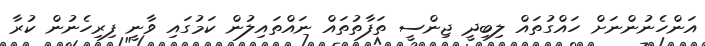
އަންހެނުންނަށް ހައްގުތައް ލިބިދީ ޖިންސީ ތަފާތުތައް ނައްތައިލުން ކަމުގައި ވާނީ ފިރިހެނުން ކުރާ